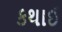
કથાઈ